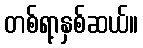
တစ်ရာ့နှစ်ဆယ်။